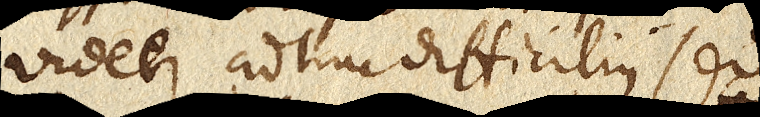
videtur adhuc difficilius sed